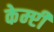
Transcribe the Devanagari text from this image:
केम्प्टी